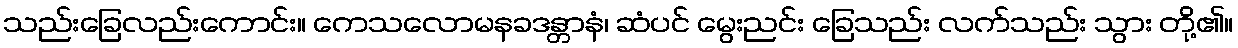
သည်းခြေလည်းကောင်း။ ကေသလောမနခဒန္တာနံ၊ ဆံပင် မွေးညင်း ခြေသည်း လက်သည်း သွား တို့၏။